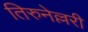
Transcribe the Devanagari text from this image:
तिरुनेल्लरी